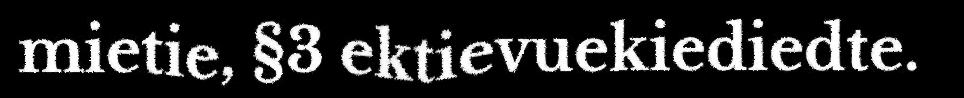
mietie, §3 ektievuekiediedte.